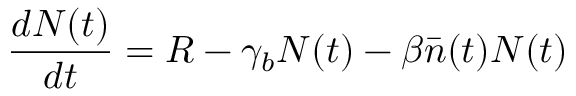
\frac { d N ( t ) } { d t } = R - \gamma _ { b } N ( t ) - \beta \bar { n } ( t ) N ( t )